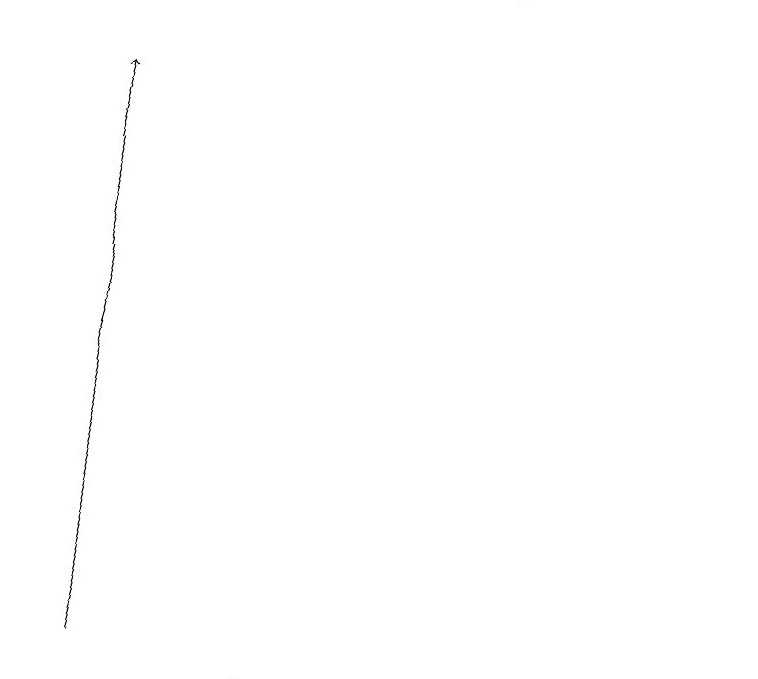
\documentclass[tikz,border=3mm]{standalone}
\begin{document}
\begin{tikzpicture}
\draw (9,18) rectangle (7,18);
\draw[->] (2,10) -- (2,10);
\draw[->] (0,11) -- (2,18);
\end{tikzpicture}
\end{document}